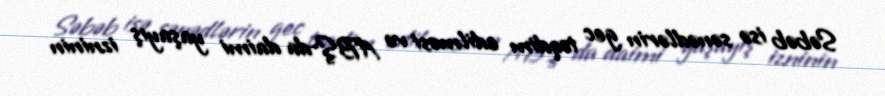
Səbəb isə sənədlərin gec təqdim edilməsi və ABŞ-da daimi yaşayış izninin